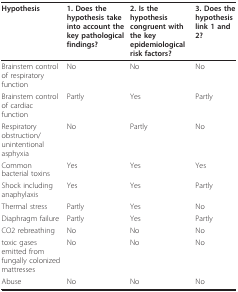
<table><thead><tr><td><b>Hypothesis</b></td><td><b>1. Does the hypothesis take into account the key pathological findings?</b></td><td><b>2. Is the hypothesis congruent with the key epidemiological risk factors?</b></td><td><b>3. Does the hypothesis link 1 and 2?</b></td></tr></thead><tbody><tr><td>Brainstem control of respiratory function</td><td>No</td><td>No</td><td>No</td></tr><tr><td>Brainstem control of cardiac function</td><td>Partly</td><td>Yes</td><td>Partly</td></tr><tr><td>Respiratory obstruction/unintentional asphyxia</td><td>No</td><td>Partly</td><td>No</td></tr><tr><td>Common bacterial toxins</td><td>Yes</td><td>Yes</td><td>Yes</td></tr><tr><td>Shock including anaphylaxis</td><td>Yes</td><td>Yes</td><td>Partly</td></tr><tr><td>Thermal stress</td><td>Partly</td><td>Yes</td><td>No</td></tr><tr><td>Diaphragm failure</td><td>Partly</td><td>Yes</td><td>Partly</td></tr><tr><td>CO2 rebreathing</td><td>No</td><td>No</td><td>No</td></tr><tr><td>toxic gases emitted from fungally colonized mattresses</td><td>No</td><td>No</td><td>No</td></tr><tr><td>Abuse</td><td>No</td><td>No</td><td>No</td></tr></tbody></table>